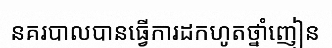
នគរបាលបានធ្វើការដកហូតថ្នាំញៀន